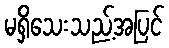
မရှိသေးသည့်အပြင်